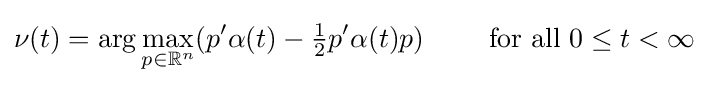
\nu (t)=\arg \max _{p\in \mathbb {R} ^{n}}(p'\alpha (t)-{\tfrac {1}{2}}p'\alpha (t)p)\qquad {\text{ for all }}0\leq t<\infty